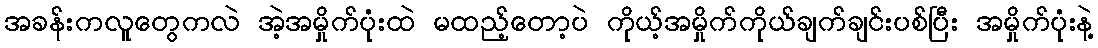
အခန်းကလူတွေကလဲ အဲ့အမှိုက်ပုံးထဲ မထည့်တော့ပဲ ကိုယ့်အမှိုက်ကိုယ်ချက်ချင်းပစ်ပြီး အမှိုက်ပုံးနဲ့